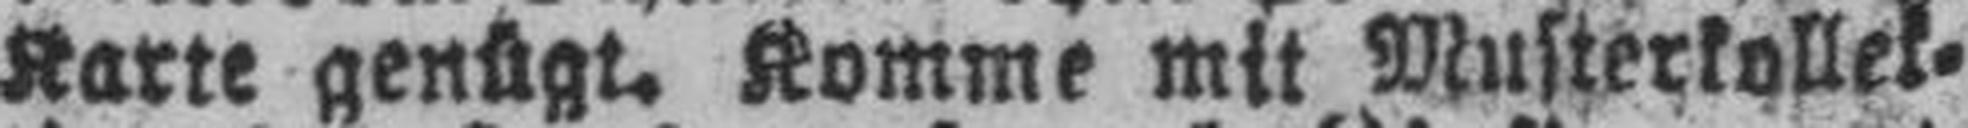
Karte genügt. Komme mit Musterkollek¬